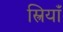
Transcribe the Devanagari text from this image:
स्त्रियाँं